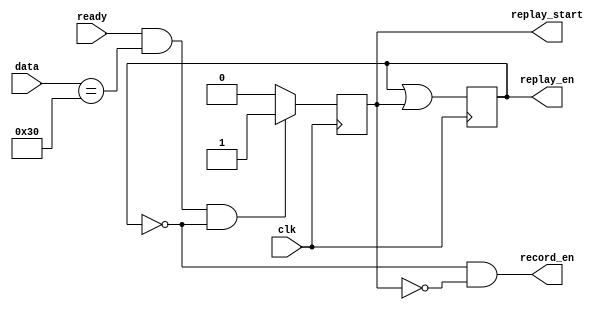
module sequencer(
                 clk,
                 
                 // serial data for end of sequence detection
                 ready,
                 data,

                 // sequencing of data
                 replay_start,
                 replay_en,
                 record_en,
                 );
   
   input clk;
   
   // serial data for end of sequence detection
   input ready;
   input [7:0] data;
                             
   // sequencing of data
   output reg  replay_start = 0;
   output reg  replay_en = 0;
   output      record_en;
   
   always @(posedge clk) begin
      // we received marker to switch to replay mode
      if (ready && data == "0" && !replay_en) begin
         replay_start <= 1;
      end else begin
         replay_start <= 0;
      end
      replay_en <= replay_en | replay_start;
   end

   assign record_en = !replay_en & !replay_start;

endmodule // sequencer